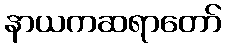
နာယကဆရာတော်